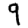
Digit: 9